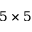
5 \times 5